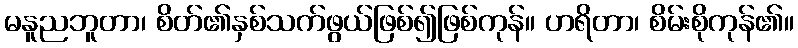
မနူညဘူတာ၊ စိတ်၏နှစ်သက်ဖွယ်ဖြစ်၍ဖြစ်ကုန်။ ဟရိတာ၊ စိမ်းစိုကုန်၏။